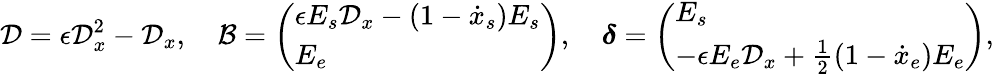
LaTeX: \mathcal{D}=\epsilon\mathcal{D}_{x}^{2}-\mathcal{D}_{x},\quad\mathcal{B}=\left(\begin{array}{l}{\epsilon E_{s}\mathcal{D}_{x}-(1-\dot{x}_{s})E_{s}}\\ {E_{e}}\end{array}\right),\quad\boldsymbol{\delta}=\left(\begin{array}{l}{E_{s}}\\ {-\epsilon E_{e}\mathcal{D}_{x}+\frac{1}{2}(1-\dot{x}_{e})E_{e}}\end{array}\right),